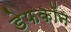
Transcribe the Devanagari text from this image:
डेफकॉन